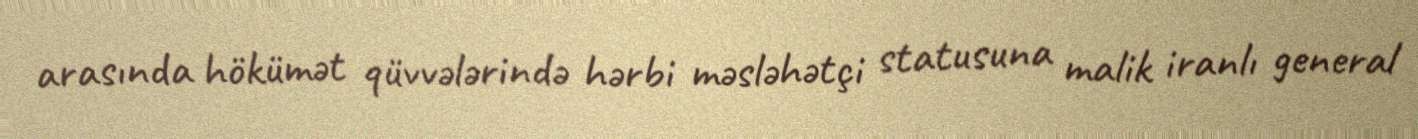
arasında hökümət qüvvələrində hərbi məsləhətçi statusuna malik iranlı general